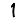
Digit: 1